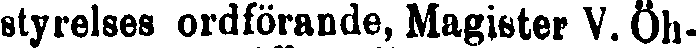
styrelses ordförande, Magister V. Öh-